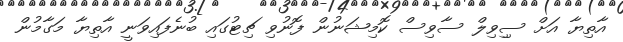
އާތިޔާ އަށް ސިިވިލް ސާވިސް ކޮމިޝަނުން ފޮނުވި ޗިޓުގައި ބުނެފައިވަނީ އާތިޔާ މަގާމުން